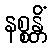
နစ္စန္တိံ